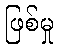
ဖြစ်မှု